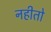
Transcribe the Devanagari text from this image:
नहीतो